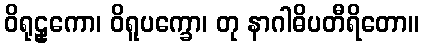
ဝိရုဠှကော၊ ဝိရူပက္ခော၊ တု နာဂါဓိပတီရိတော။